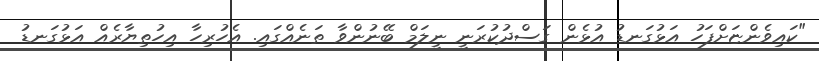
"ކައިވެންޏަށްފަހު އަޅުގަނޑު އުޅެން ގަސްދުކުރަނީ ނީލަމް ބޭނުންވާ ތަނެއްގައި. އެހުރިހާ އިހުތިޔާރެއް އަޅުގަނޑު